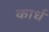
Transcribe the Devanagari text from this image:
कार्ध